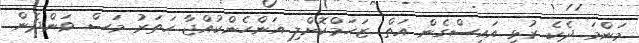
މަންމަ ދެކެ ރުޅި އައިސްގެން އަތް ޒަހަމްކޮށްލި އަންހެންކުއްޖާ ހަތަރު މަސް ވަންދެން